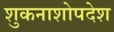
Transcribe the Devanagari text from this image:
शुकनाशोपदेश